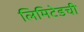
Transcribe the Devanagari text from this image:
लिमिटेडची